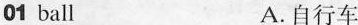
01 ball A.自行车